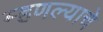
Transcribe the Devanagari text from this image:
म्हणल्याचे